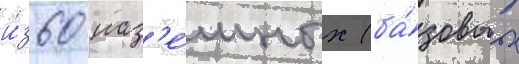
и́з 60 наз'е́мных (ба́зовых